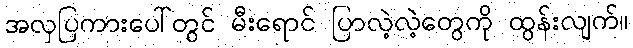
အလှပြကားပေါ်တွင် မီးရောင် ပြာလဲ့လဲ့တွေကို ထွန်းလျက်။